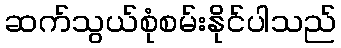
ဆက်သွယ်စုံစမ်းနိုင်ပါသည်